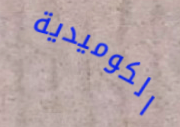
الكوميدية